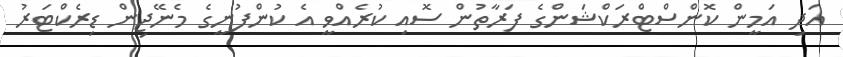
އަދި އަމީން ކޮންސްޓްރަކްޝަންގެ ފަރާތުން ސޮއި ކުރެއްވީ އެ ކުންފުނީގެ މެނޭޖިން ޑިރެކްޓަރު